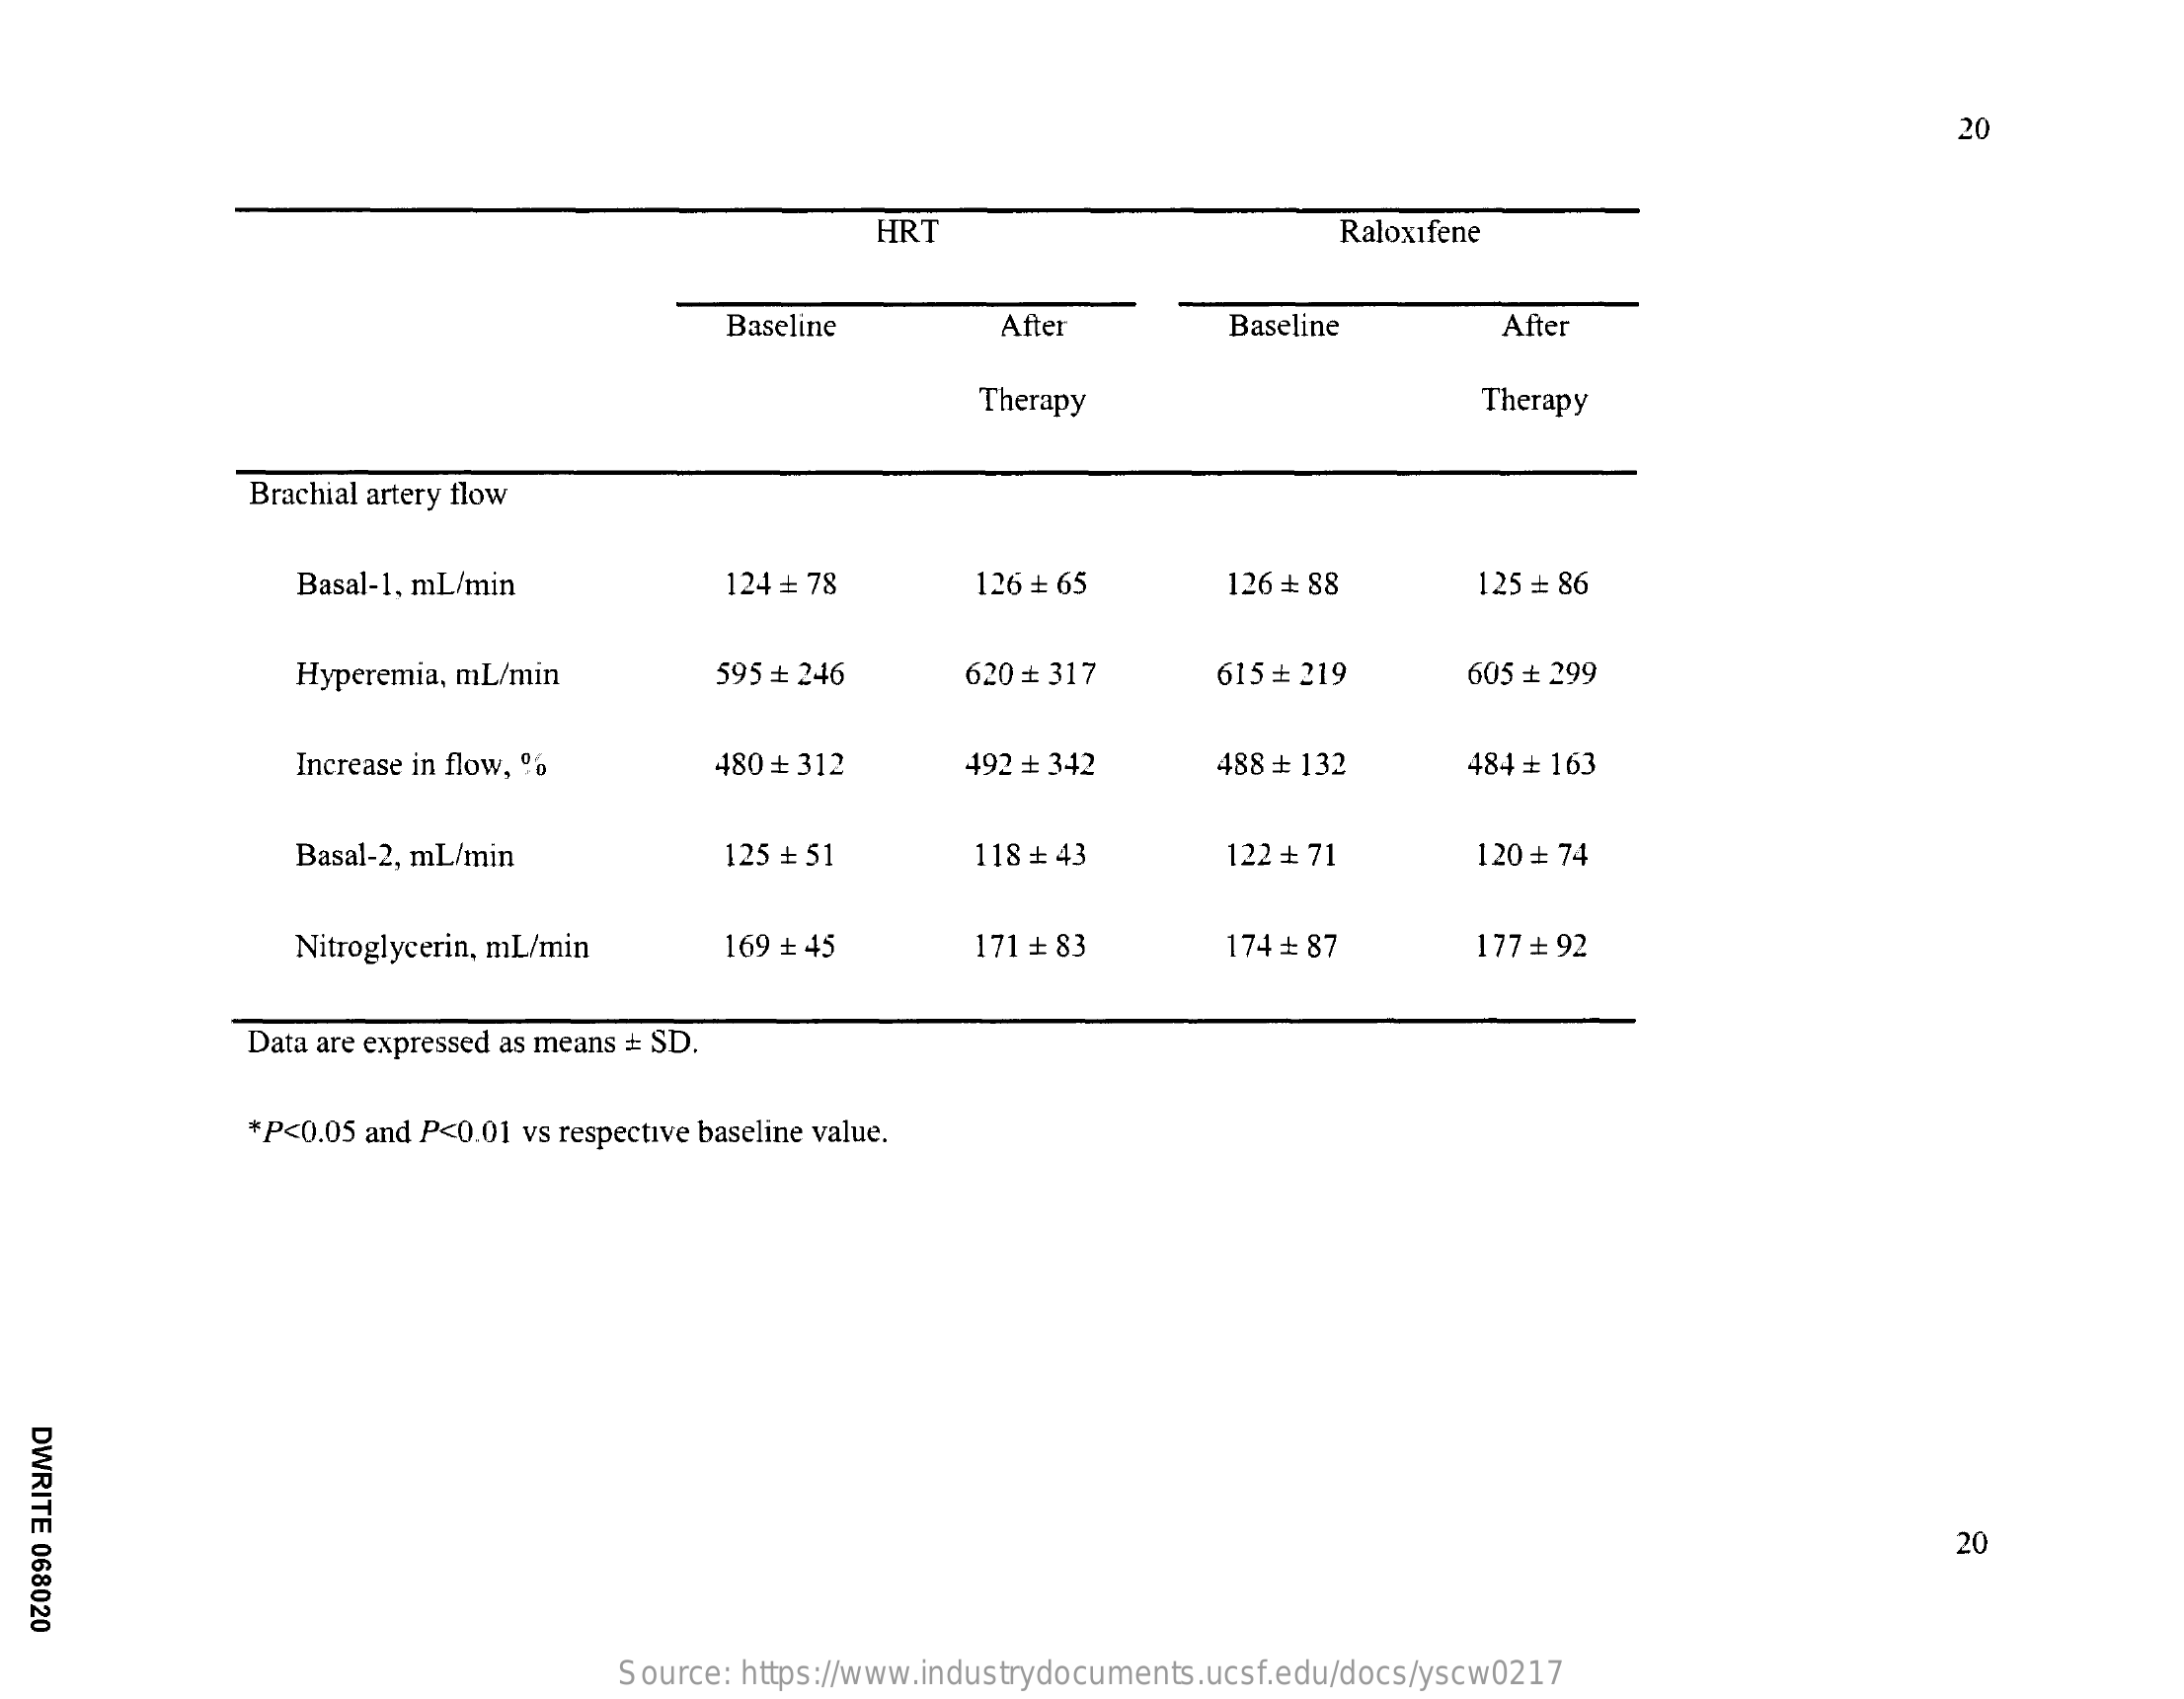
20
     HRT    Raloxifene
     Baseline    After    Baseline    After
     Therapy    Therapy
     Brachial artery flow
     Basal-1, mL/min    124 = 78    126 ₺ 65    126 + 88    125 = 86
     Hyperemia, mL/min    595 # 246    620 ₺ 317    615 ₺ 219    605 ₺ 299
     Increase in flow, %    480 + 312    492 + 342    488 ₺ 132    484 # 163
     Basal-2, mL/min    125 = 51    118 ₺ 43    122 + 71    120 = 74
     Nitroglycerin, mL/min    169 + 45    171 = 83    174 ₺ 87    177 = 92
     Data are expressed as means + SD.
     *P<0.05 and P<0.01 vs respective baseline value.
  DWRITE
  068020
     20
     Source: https://www.industrydocuments.ucsf.edu/docs/yscw0217